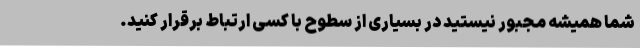
شما همیشه مجبور نیستید در بسیاری از سطوح با کسی ارتباط برقرار کنید.